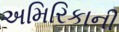
અમિરિકાની